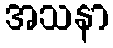
အသနာ